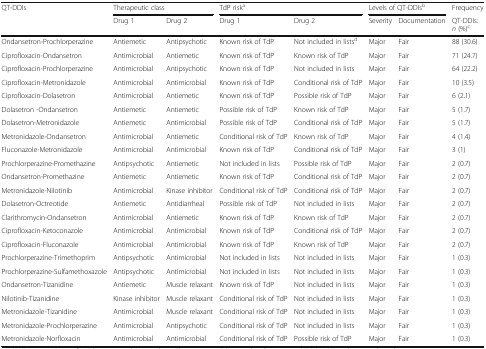
<table><thead><tr><td rowspan="2"><b>QT-DDIs</b></td><td colspan="2"><b>Therapeutic class</b></td><td colspan="2"><b>TdP risk<sup>a</sup></b></td><td colspan="2"><b>Levels of QT-DDIs<sup>b</sup></b></td><td><b>Frequency</b></td></tr><tr><td><b>Drug 1</b></td><td><b>Drug 2</b></td><td><b>Drug 1</b></td><td><b>Drug 2</b></td><td><b>Severity</b></td><td><b>Documentation</b></td><td><b>QT-DDIs: <i>n</i> (%)<sup>c</sup></b></td></tr></thead><tbody><tr><td>Ondansetron-Prochlorperazine</td><td>Antiemetic</td><td>Antipsychotic</td><td>Known risk of TdP</td><td>Not included in lists<sup>d</sup></td><td>Major</td><td>Fair</td><td>88 (30.6)</td></tr><tr><td>Ciprofloxacin-Ondansetron</td><td>Antimicrobial</td><td>Antiemetic</td><td>Known risk of TdP</td><td>Known risk of TdP</td><td>Major</td><td>Fair</td><td>71 (24.7)</td></tr><tr><td>Ciprofloxacin-Prochlorperazine</td><td>Antimicrobial</td><td>Antipsychotic</td><td>Known risk of TdP</td><td>Not included in lists</td><td>Major</td><td>Fair</td><td>64 (22.2)</td></tr><tr><td>Ciprofloxacin-Metronidazole</td><td>Antimicrobial</td><td>Antimicrobial</td><td>Known risk of TdP</td><td>Conditional risk of TdP</td><td>Major</td><td>Fair</td><td>10 (3.5)</td></tr><tr><td>Ciprofloxacin-Dolasetron</td><td>Antimicrobial</td><td>Antiemetic</td><td>Known risk of TdP</td><td>Possible risk of TdP</td><td>Major</td><td>Fair</td><td>6 (2.1)</td></tr><tr><td>Dolasetron -Ondansetron</td><td>Antiemetic</td><td>Antiemetic</td><td>Possible risk of TdP</td><td>Known risk of TdP</td><td>Major</td><td>Fair</td><td>5 (1.7)</td></tr><tr><td>Dolasetron-Metronidazole</td><td>Antiemetic</td><td>Antimicrobial</td><td>Possible risk of TdP</td><td>Conditional risk of TdP</td><td>Major</td><td>Fair</td><td>5 (1.7)</td></tr><tr><td>Metronidazole-Ondansetron</td><td>Antimicrobial</td><td>Antiemetic</td><td>Conditional risk of TdP</td><td>Known risk of TdP</td><td>Major</td><td>Fair</td><td>4 (1.4)</td></tr><tr><td>Fluconazole-Metronidazole</td><td>Antimicrobial</td><td>Antimicrobial</td><td>Known risk of TdP</td><td>Conditional risk of TdP</td><td>Major</td><td>Fair</td><td>3 (1)</td></tr><tr><td>Prochlorperazine-Promethazine</td><td>Antipsychotic</td><td>Antiemetic</td><td>Not included in lists</td><td>Possible risk of TdP</td><td>Major</td><td>Fair</td><td>2 (0.7)</td></tr><tr><td>Ondansetron-Promethazine</td><td>Antiemetic</td><td>Antiemetic</td><td>Known risk of TdP</td><td>Conditional risk of TdP</td><td>Major</td><td>Fair</td><td>2 (0.7)</td></tr><tr><td>Metronidazole-Nilotinib</td><td>Antimicrobial</td><td>Kinase inhibitor</td><td>Conditional risk of TdP</td><td>Conditional risk of TdP</td><td>Major</td><td>Fair</td><td>2 (0.7)</td></tr><tr><td>Dolasetron-Octreotide</td><td>Antiemetic</td><td>Antidiarrheal</td><td>Possible risk of TdP</td><td>Not included in lists</td><td>Major</td><td>Fair</td><td>2 (0.7)</td></tr><tr><td>Clarithromycin-Ondansetron</td><td>Antimicrobial</td><td>Antiemetic</td><td>Known risk of TdP</td><td>Known risk of TdP</td><td>Major</td><td>Fair</td><td>2 (0.7)</td></tr><tr><td>Ciprofloxacin-Ketoconazole</td><td>Antimicrobial</td><td>Antimicrobial</td><td>Known risk of TdP</td><td>Conditional risk of TdP</td><td>Major</td><td>Fair</td><td>2 (0.7)</td></tr><tr><td>Ciprofloxacin-Fluconazole</td><td>Antimicrobial</td><td>Antimicrobial</td><td>Known risk of TdP</td><td>Known risk of TdP</td><td>Major</td><td>Fair</td><td>2 (0.7)</td></tr><tr><td>Prochlorperazine-Trimethoprim</td><td>Antipsychotic</td><td>Antimicrobial</td><td>Not included in lists</td><td>Not included in lists</td><td>Major</td><td>Fair</td><td>1 (0.3)</td></tr><tr><td>Prochlorperazine-Sulfamethoxazole</td><td>Antipsychotic</td><td>Antimicrobial</td><td>Not included in lists</td><td>Not included in lists</td><td>Major</td><td>Fair</td><td>1 (0.3)</td></tr><tr><td>Ondansetron-Tizanidine</td><td>Antiemetic</td><td>Muscle relaxant</td><td>Known risk of TdP</td><td>Not included in lists</td><td>Major</td><td>Fair</td><td>1 (0.3)</td></tr><tr><td>Nilotinib-Tizanidine</td><td>Kinase inhibitor</td><td>Muscle relaxant</td><td>Conditional risk of TdP</td><td>Not included in lists</td><td>Major</td><td>Fair</td><td>1 (0.3)</td></tr><tr><td>Metronidazole-Tizanidine</td><td>Antimicrobial</td><td>Muscle relaxant</td><td>Conditional risk of TdP</td><td>Not included in lists</td><td>Major</td><td>Fair</td><td>1 (0.3)</td></tr><tr><td>Metronidazole-Prochlorperazine</td><td>Antimicrobial</td><td>Antipsychotic</td><td>Conditional risk of TdP</td><td>Not included in lists</td><td>Major</td><td>Fair</td><td>1 (0.3)</td></tr><tr><td>Metronidazole-Norfloxacin</td><td>Antimicrobial</td><td>Antimicrobial</td><td>Conditional risk of TdP</td><td>Possible risk of TdP</td><td>Major</td><td>Fair</td><td>1 (0.3)</td></tr></tbody></table>